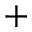
^ +